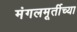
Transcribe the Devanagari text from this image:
मंगलमूर्तीच्या